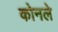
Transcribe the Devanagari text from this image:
कोनले